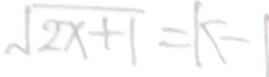
\sqrt { 2 x + 1 } = k - 1